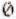
0